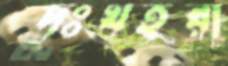
দুঃখহরা